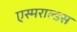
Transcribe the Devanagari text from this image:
एस्मराल्डस